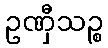
ဥဏှီသဉ္စ